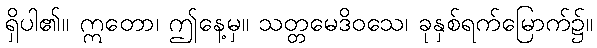
ရှိပါ၏။ ဣတော၊ ဤနေ့မှ။ သတ္တမေဒိဝသေ၊ ခုနှစ်ရက်မြောက်၌။